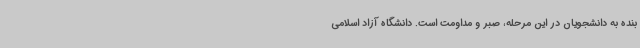
بنده به دانشجویان در این مرحله، صبر و مداومت است. دانشگاه آزاد اسلامی